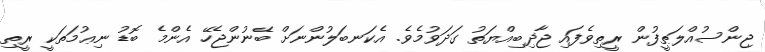
ޖިންސުއްލަޠީފުން ރީތިވެފައި ޖާޛިބިއްޔަތު ގަދަވުމެވެ. އެކަނބަލުންނަށް ބޭނުންޖެހޭ އެންމެ ބޮޑު ނިޢުމަތަކީ ރީތި